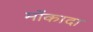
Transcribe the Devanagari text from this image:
मोंकादा